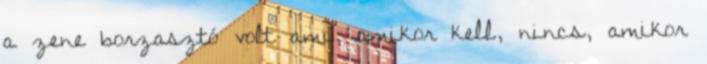
a zene borzasztó volt ami, amikor kell, nincs, amikor